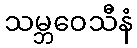
သမ္ဘဝေသီနံ